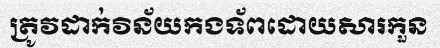
ត្រូវដាក់វិន័យកងទ័ពដោយសារកួន